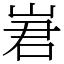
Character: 㟒